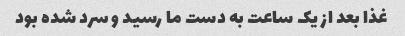
غذا بعد از یک ساعت به دست ما رسید و سرد شده بود